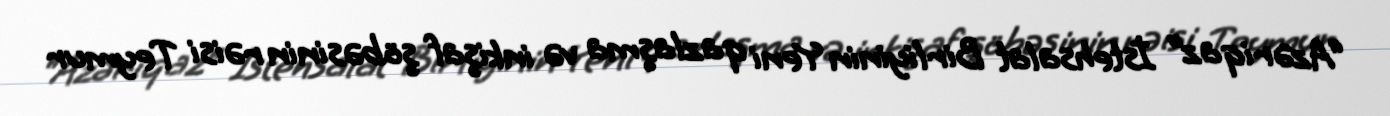
“Azəriqaz” İstehsalat Birliyinin Yeni qazlaşma və inkişaf şöbəsinin rəisi Teymur